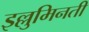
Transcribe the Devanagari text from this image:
इल्लुमिनती